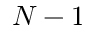
N - 1